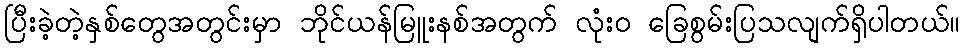
ပြီးခဲ့တဲ့နှစ်တွေအတွင်းမှာ ဘိုင်ယန်မြူးနစ်အတွက် လုံးဝ ခြေစွမ်းပြသလျက်ရှိပါတယ်။